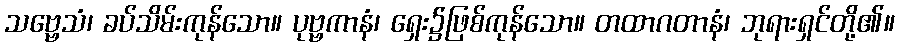
သဗ္ဗေသံ၊ ခပ်သိမ်းကုန်သော။ ပုဗ္ဗကာနံ၊ ရှေး၌ဖြစ်ကုန်သော။ တထာဂတာနံ၊ ဘုရားရှင်တို့၏။